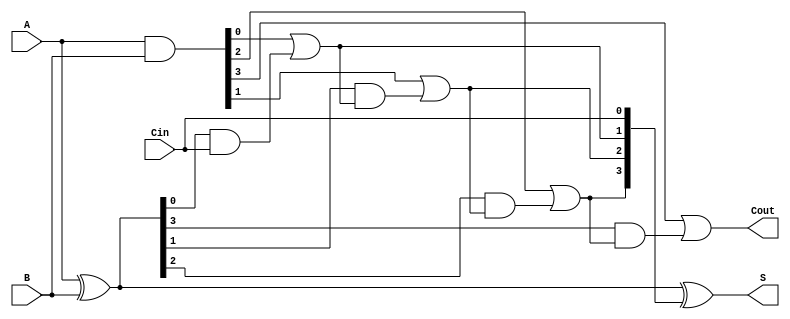
module ling_adder #(parameter n = 4) (
    input  [n-1:0] A,      // First n-bit input
    input  [n-1:0] B,      // Second n-bit input
    input         Cin,      // Carry-in
    output [n-1:0] S,      // Sum output
    output        Cout      // Carry-out
);

    // Generate and propagate signals
    wire [n-1:0] G; // Generate signals
    wire [n-1:0] P; // Propagate signals
    wire [n:0] C;   // Carry signals (C[0] = Cin, C[n] = Cout)

    // Generate and propagate logic
    assign G = A & B;            // G[i] = A[i] & B[i]
    assign P = A ^ B;            // P[i] = A[i] ^ B[i]

    // Carry calculation
    assign C[0] = Cin;           // C[0] = Cin
    genvar i;
    generate
        for (i = 0; i < n; i = i + 1) begin : carry_calc
            if (i == 0) begin
                assign C[i + 1] = G[i] | (P[i] & C[i]); // C[i+1] = G[i] + P[i] * C[i]
            end else begin
                assign C[i + 1] = G[i] | (P[i] & C[i]); // C[i+1] = G[i] + P[i] * C[i]
            end
        end
    endgenerate

    // Sum calculation
    assign S = A ^ B ^ C[n-1:0]; // S[i] = A[i] ^ B[i] ^ C[i]

    // Carry-out
    assign Cout = C[n];          // Cout = C[n]

endmodule